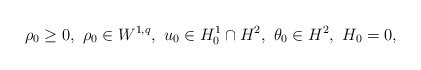
\begin{align*}& \rho_0\geq 0,\ \rho_0\in W^{1,q},\ u_0\in H^1_0\cap H^2,\ \theta_0\in H^2,\ H_0=0,\end{align*}